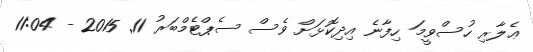
ޢެލާރި ހުސްވީމަ ހިފާނެ އިދިކޮޅަށް ވެސް ސެޕްޓެމްބަރު 11